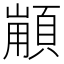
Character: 𩓼